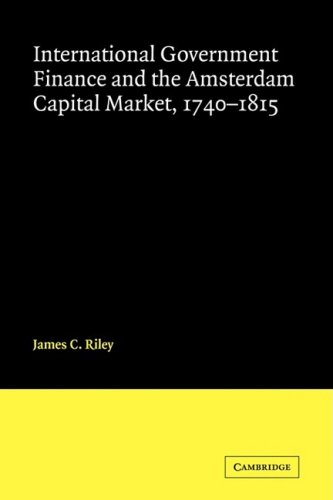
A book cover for International Government Finance and the Amsterdam Capital Market, 1740-1815; James Riley; History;